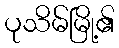
ပုသိမ်မြို့၏